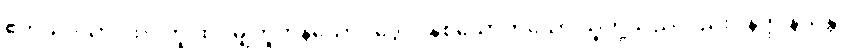
ဧကသဒိသာ၊ ထပ်တူ ထပ်မျှတူကုန်သော။ ဒွေပိ၊ နှစ်ယောက်သော သူတို့သည်လည်း။ နတ္ထိ နသိန္တိ၊